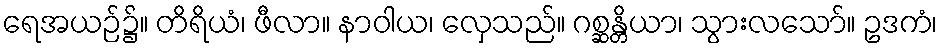
ရေအယဉ်၌။ တိရိယံ၊ ဖီလာ။ နာဝါယ၊ လှေသည်။ ဂစ္ဆန္တိယာ၊ သွားလသော်။ ဥဒကံ၊